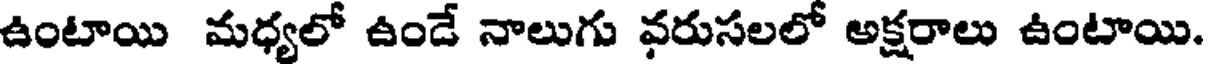
ఉంటాయి మధ్యలో ఉండే నాలుగు వరుసలలో అక్షరాలు ఉంటాయి.